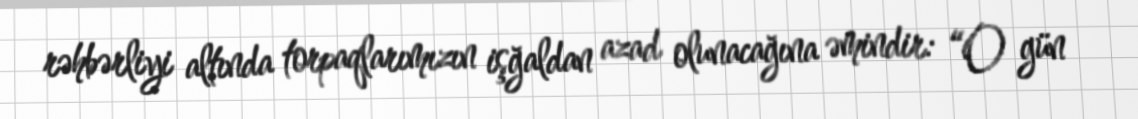
rəhbərliyi altında torpaqlarımızın işğaldan azad olunacağına əmindir: “O gün